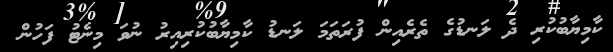
ކާމިޔާބުކުރި ދެ ލަނޑުގެ ތެރެއިން ފުރަތަމަ ލަނޑު ކާމިޔާބުކުރިއިރު ނުވަ މިނެޓު ފަހުން